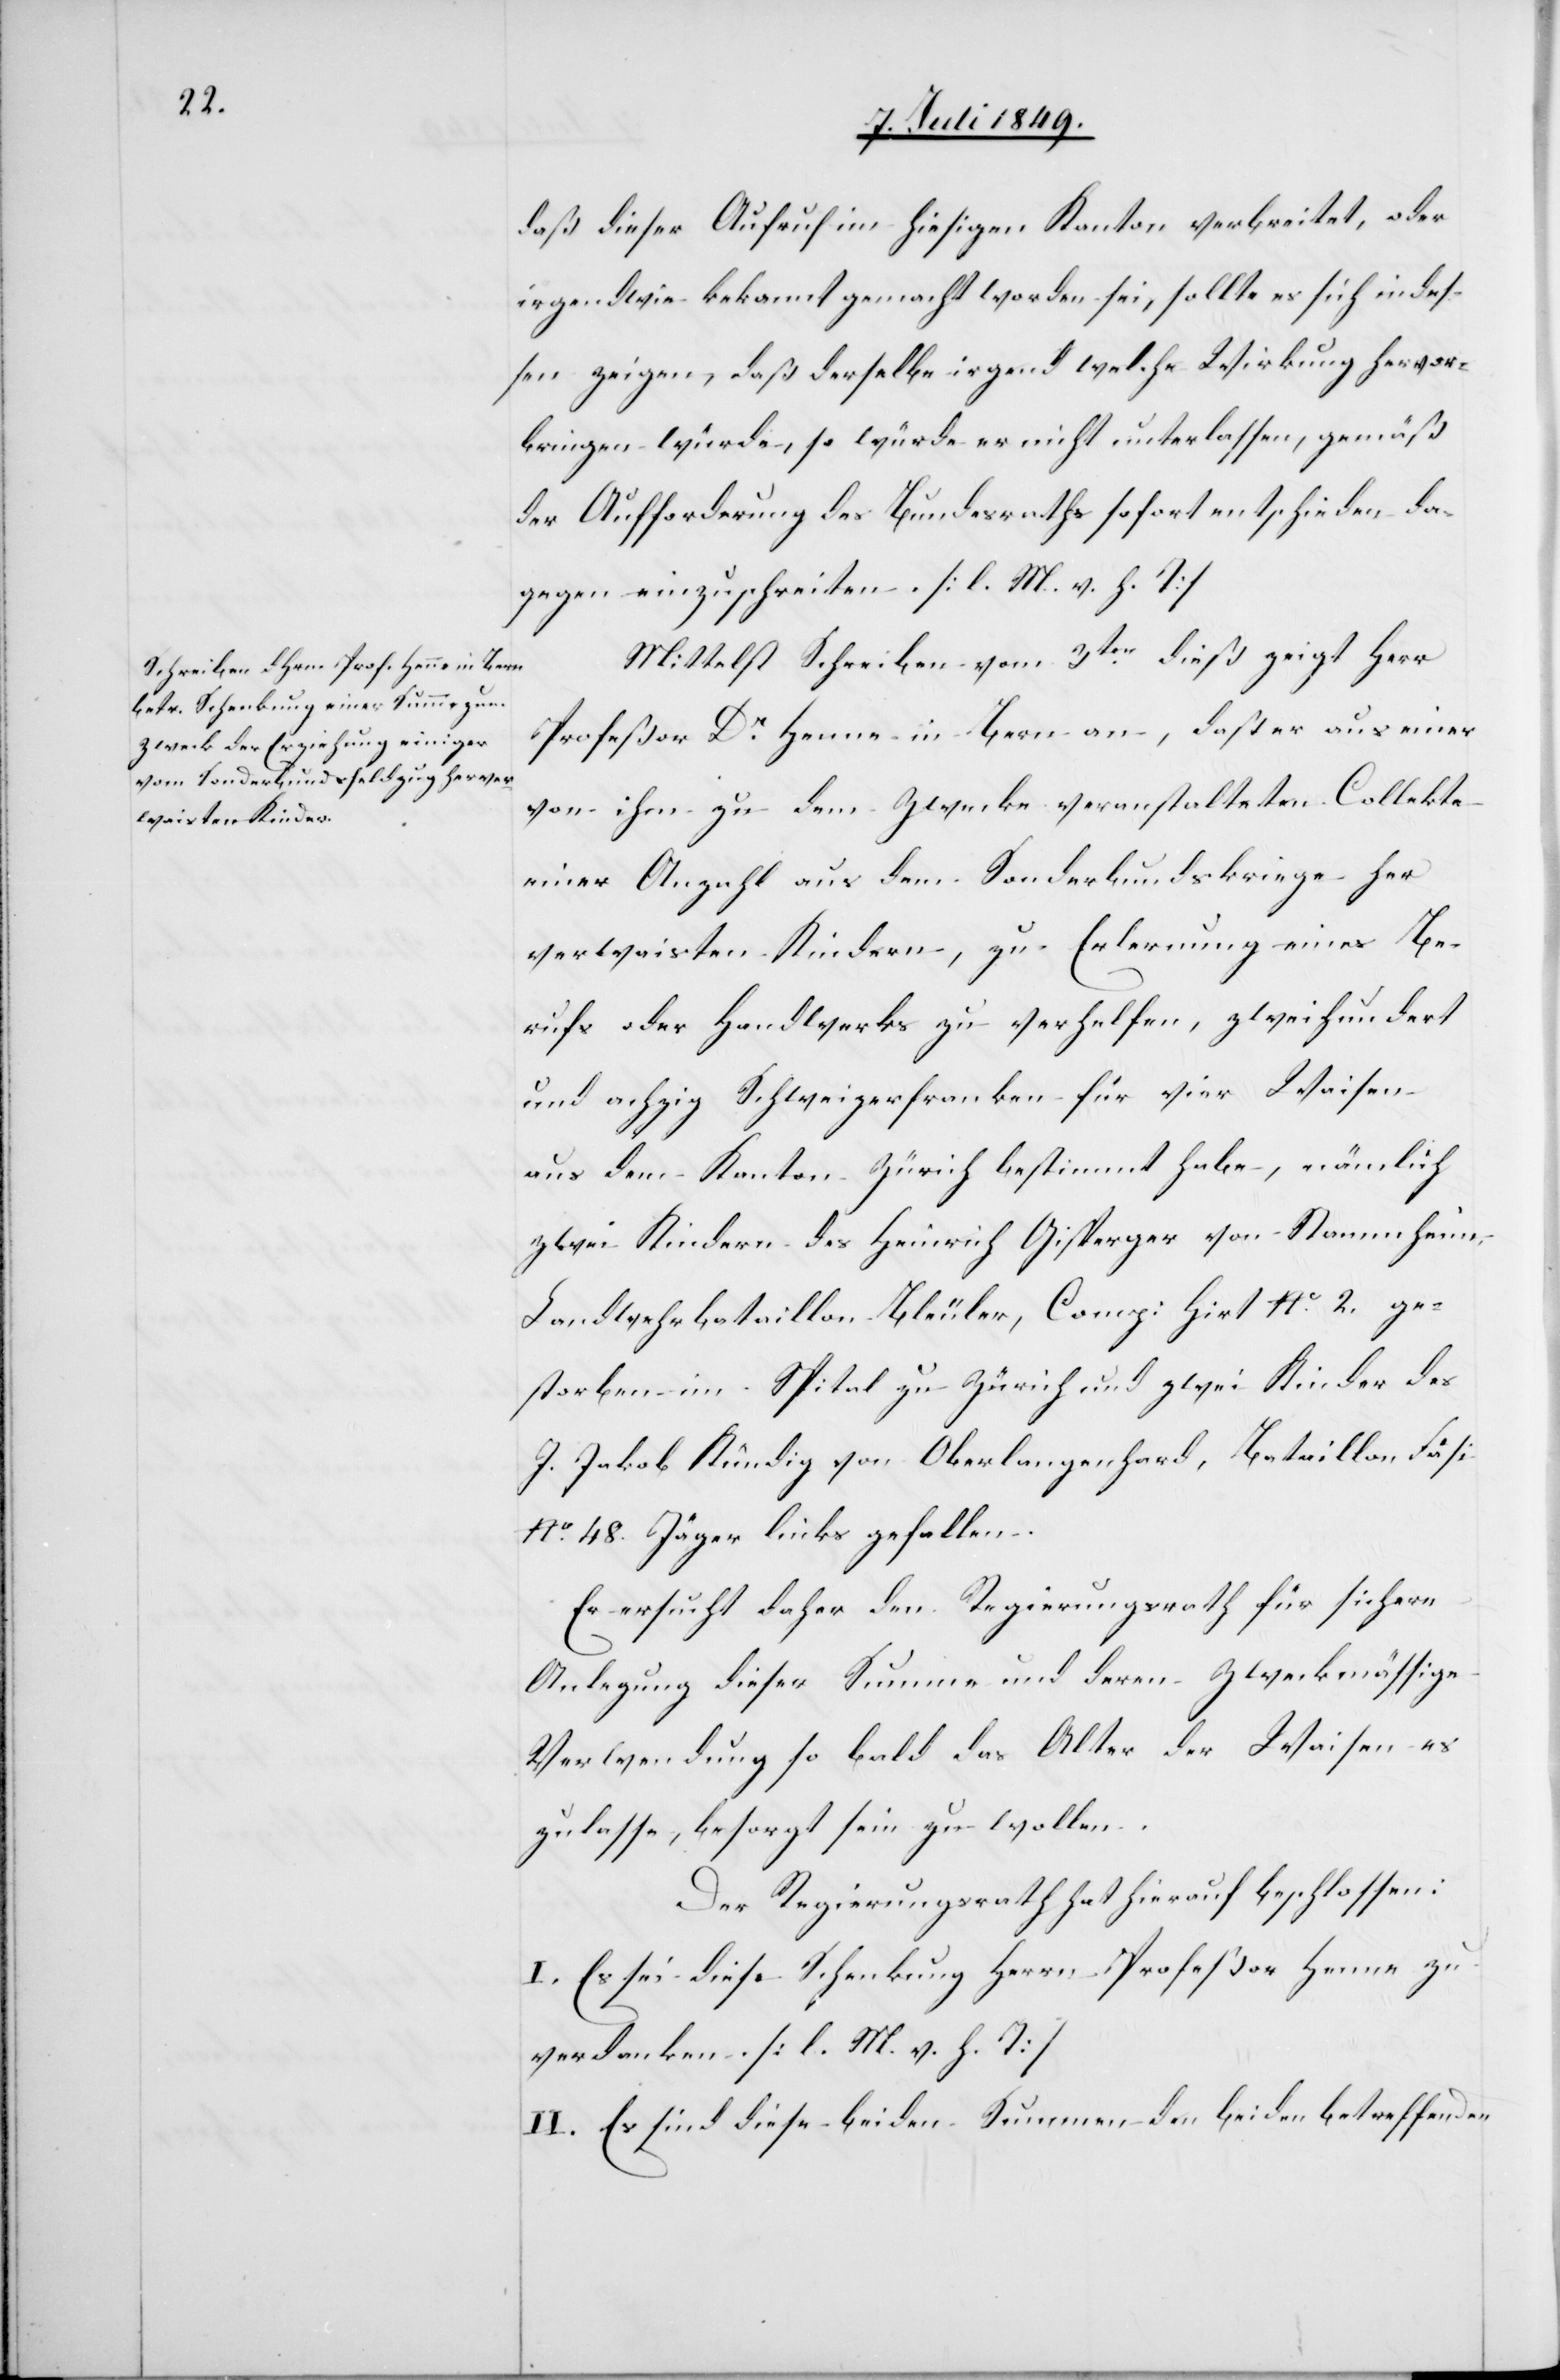
daß dieser Aufruf im hiesigen Kanton verbreitet, oder
irgendwie bekannt gemacht worden sei, sollte es sich indes¬
sen zeigen, daß derselbe irgend welche Wirkung hervor¬
bringen würde, so würde er nicht unterlassen, gemäß
der Aufforderung des Bundesraths sofort entschieden da¬
gegen einzuschreiten. [l. M. v. h. T]
Mittelst Schreiben vom 3ten dieß zeigt Herr
Profeßor Dr Henne in Bern an, daß er aus einer
von ihm zu dem Zwecke veranstalteten Collekte
einer Anzahl aus dem Sonderbundskriege her
verwaisten Kindern, zu Erlernung eines Be¬
rufs oder Handwerks zu verhelfen, zweihundert
und achzig Schweizerfranken für vier Waisen
aus dem Kanton Zürich bestimmt habe, nämlich
zwei Kindern des Heinrich Gisperger von Stammheim,
Landwehrbataillon Bleuler, Comp: Hirt No. 2 ge¬
storben im Spital zu Zürich und zwei Kinder des
J. Jakob Kündig von Oberlangenhard, Bataillon Fäsi
No. 48. Jäger links gefallen.
Er ersucht daher den Regierungsrath für sichere
Anlegung dieser Summe und deren zweckmässige
Verwendung so bald das Alter der Waisen es
zulasse, besorgt sein zu wollen.
Der Regierungsrath hat hierauf beschlossen:
I. Es sei diese Schenkung Herrn Profeßor Henne zu
verdanken. [l. M. v. h. T]
II. Es sind diese beiden Summen den beiden betreffenden